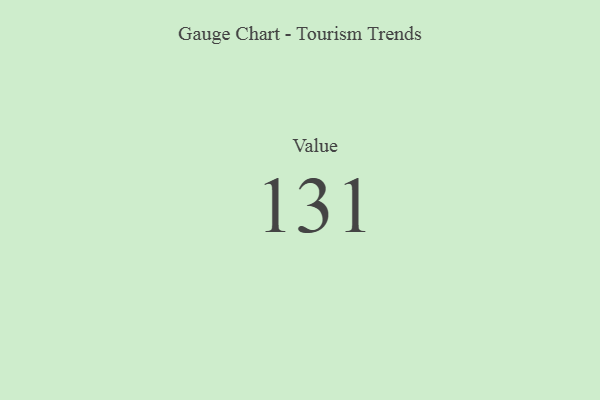
{"axis": {"x": "Metric", "y": "Value"}, "legend": [""], "data": [{"x": "Value", "y": 131, "type": ""}]}